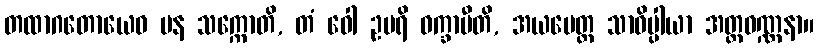
တထာဂတောယေဝ ပန သက္ကောတိ, တံ ဝေါ ဥပရိ ဝက္ခာမီတိ, အယမေတ္ထ သာဓိပ္ပါယာ အတ္ထဝဏ္ဏနာ။